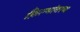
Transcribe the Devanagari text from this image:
फ़िल्मांतरण